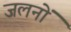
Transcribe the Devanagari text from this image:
जलनों